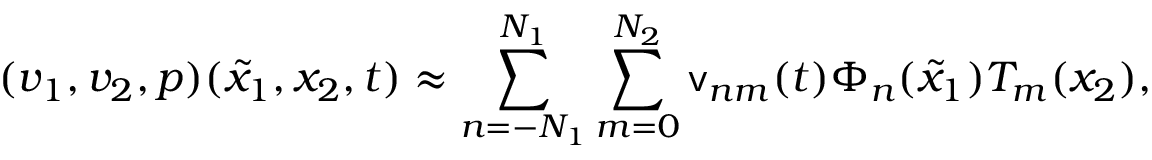
( v _ { 1 } , v _ { 2 } , p ) ( \tilde { x } _ { 1 } , x _ { 2 } , t ) \approx \sum _ { n = - N _ { 1 } } ^ { N _ { 1 } } \sum _ { m = 0 } ^ { N _ { 2 } } \mathsf { v } _ { n m } ( t ) \Phi _ { n } ( \tilde { x } _ { 1 } ) T _ { m } ( x _ { 2 } ) ,